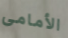
الأمامى